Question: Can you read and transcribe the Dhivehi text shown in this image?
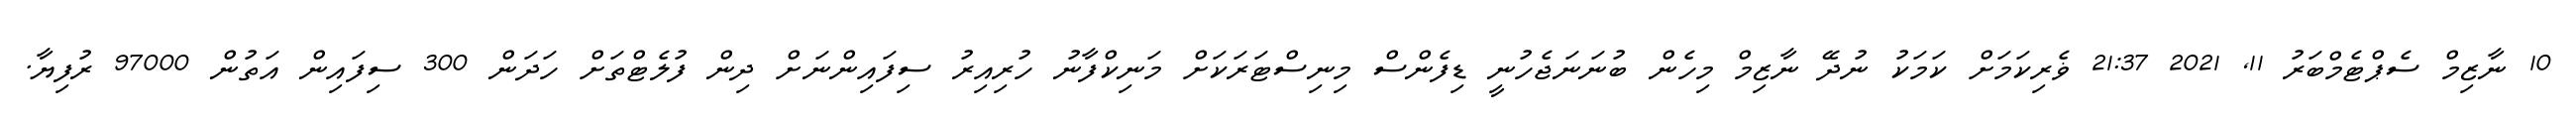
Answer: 10 ނާޒިމް ސެޕްޓެމްބަރު 11, 2021 21:37 ޥެރިކަމަށް ކަމަކު ނުދޭ ނާޒިމް މިހެން ބުނަނަޖެހުނީ ޑިފެންސް މިނިސްޓަރަކަށް މަނިކްފާނު ހުރިއިރު ސިފައިންނަށް ދިން ފުލެޓްތަށް ހަދަން 300 ސިފައިން އަތުން 97000 ރުފިޔާ.